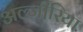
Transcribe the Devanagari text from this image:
अल्जी़रिया